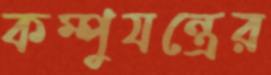
কম্পুযন্ত্রের